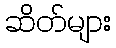
ဆိတ်များ